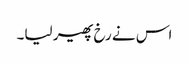
اس نے رخ پھیر لیا۔